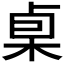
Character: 𰗧